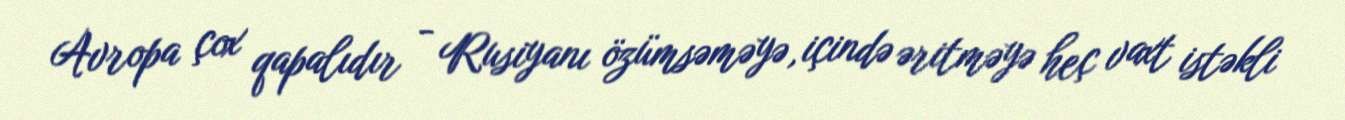
Avropa çox qapalıdır - Rusiyanı özümsəməyə, içində əritməyə heç vaxt istəkli